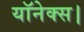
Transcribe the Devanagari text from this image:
यॉनेक्स।